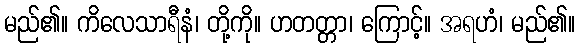
မည်၏။ ကိလေသာရီနံ၊ တို့ကို။ ဟတတ္တာ၊ ကြောင့်။ အရဟံ၊ မည်၏။